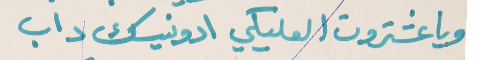
ويا عشتروت العليكي ادونيسك داب